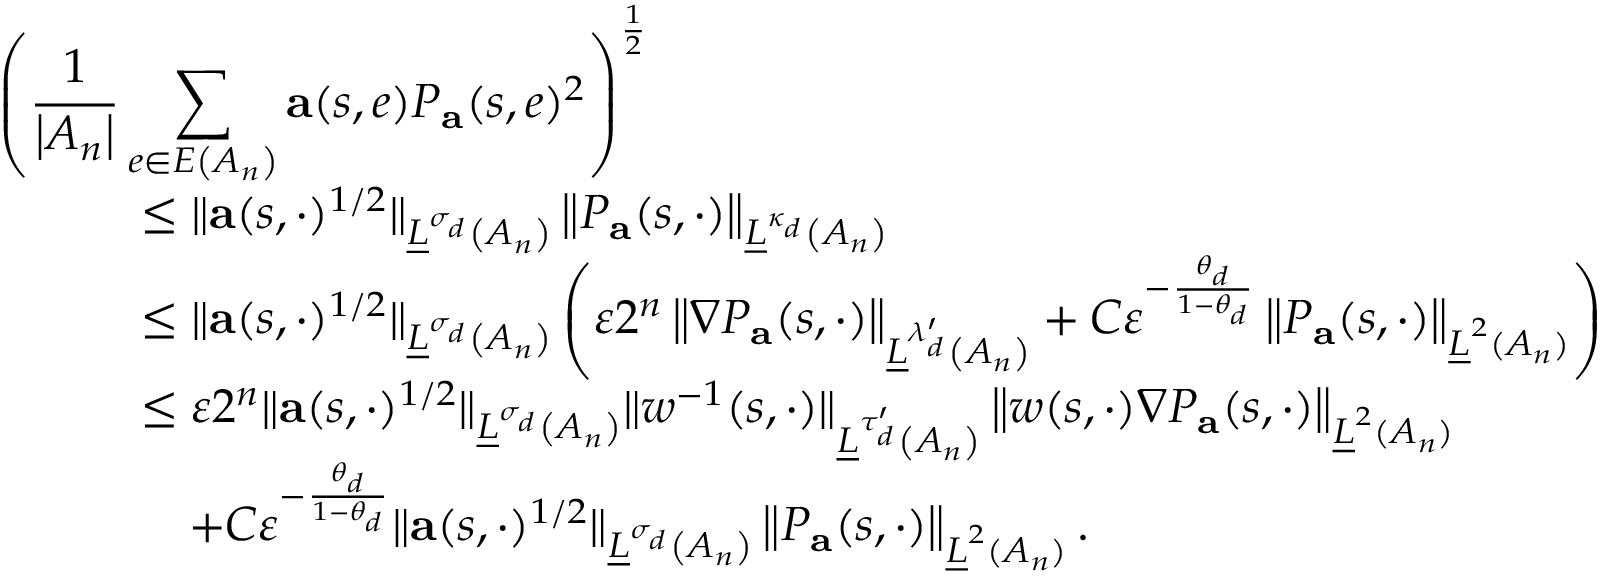
\begin{array} { r l } { \lefteqn { \left( \frac { 1 } { \left| A _ { n } \right| } \sum _ { e \in E \left( A _ { n } \right) } \mathbf { a } ( s , e ) P _ { \mathbf { a } } ( s , e ) ^ { 2 } \right) ^ { \frac 1 2 } } \qquad } & { } \\ & { \leq \| \mathbf { a } ( s , \cdot ) ^ { 1 / 2 } \| _ { \underline { { L } } ^ { \sigma _ { d } } \left( A _ { n } \right) } \left\| P _ { \mathbf { a } } ( s , \cdot ) \right\| _ { \underline { { L } } ^ { \kappa _ { d } } \left( A _ { n } \right) } } \\ & { \leq \| \mathbf { a } ( s , \cdot ) ^ { 1 / 2 } \| _ { \underline { { L } } ^ { \sigma _ { d } } \left( A _ { n } \right) } \left( \varepsilon 2 ^ { n } \left\| \nabla P _ { \mathbf { a } } ( s , \cdot ) \right\| _ { \underline { { L } } ^ { \lambda _ { d } ^ { \prime } } \left( A _ { n } \right) } + C \varepsilon ^ { - \frac { \theta _ { d } } { 1 - \theta _ { d } } } \left\| P _ { \mathbf { a } } ( s , \cdot ) \right\| _ { \underline { { L } } ^ { 2 } ( A _ { n } ) } \right) } \\ & { \leq \varepsilon 2 ^ { n } \| \mathbf { a } ( s , \cdot ) ^ { 1 / 2 } \| _ { \underline { { L } } ^ { \sigma _ { d } } \left( A _ { n } \right) } \| w ^ { - 1 } ( s , \cdot ) \| _ { \underline { { L } } ^ { \tau _ { d } ^ { \prime } } \left( A _ { n } \right) } \left\| w ( s , \cdot ) \nabla P _ { \mathbf { a } } ( s , \cdot ) \right\| _ { \underline { { L } } ^ { 2 } ( A _ { n } ) } } \\ & { \quad + C \varepsilon ^ { - \frac { \theta _ { d } } { 1 - \theta _ { d } } } \| \mathbf { a } ( s , \cdot ) ^ { 1 / 2 } \| _ { \underline { { L } } ^ { \sigma _ { d } } \left( A _ { n } \right) } \left\| P _ { \mathbf { a } } ( s , \cdot ) \right\| _ { \underline { { L } } ^ { 2 } ( A _ { n } ) } . } \end{array}